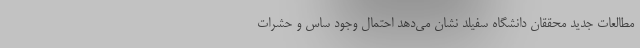
مطالعات جدید محققان دانشگاه سفیلد نشان می‌دهد احتمال وجود ساس و حشرات